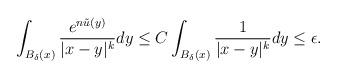
LaTeX: \begin{align*}\int_{B_{\delta}(x)}\frac{e^{n\tilde{u}(y)}}{|x-y|^k}dy\leq C\int_{B_{\delta}(x)}\frac{1}{|x-y|^k}dy\leq \epsilon.\end{align*}